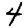
Digit: 4